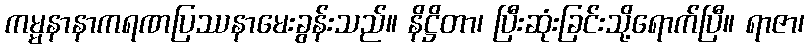
ကမ္မနာနာကရဏပြဿနာမေးခွန်းသည်။ နိဋ္ဌိတာ၊ ပြီးဆုံးခြင်းသို့ရောက်ပြီ။ ရာဇာ၊